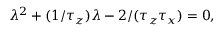
\lambda ^ { 2 } + ( 1 / \tau _ { z } ) \lambda - 2 / ( \tau _ { z } \tau _ { x } ) = 0 ,